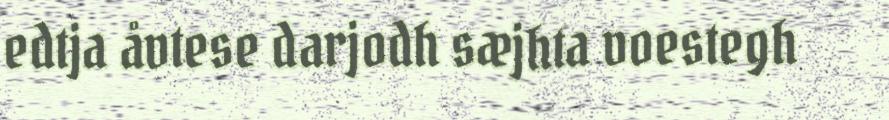
edtja åvtese darjodh sæjhta voestegh